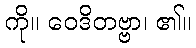
ကို။ ဝေဒိတဗ္ဗာ၊ ၏။